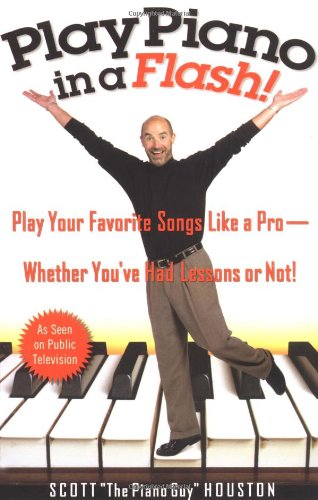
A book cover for Play Piano in a Flash!: Play Your Favorite Songs Like a Pro -- Whether You've Had Lessons or Not!; Scott Houston; Arts & Photography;